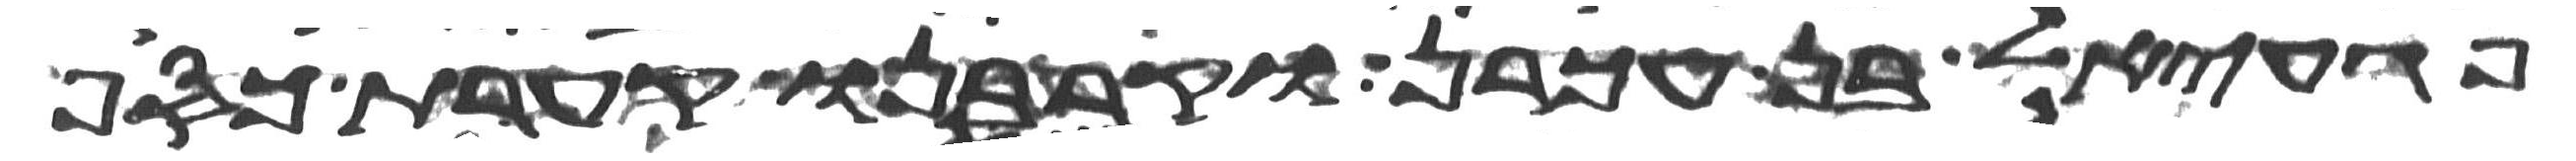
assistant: פגעאל בן עכרן וקרבנו קערת כסף